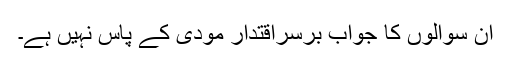
ان سوالوں کا جواب برسراقتدار مودی کے پاس نہیں ہے۔